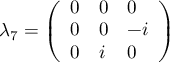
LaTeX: \lambda _ { 7 } = { \left( \begin{array} { l l l } { 0 } & { 0 } & { 0 } \\ { 0 } & { 0 } & { - i } \\ { 0 } & { i } & { 0 } \end{array} \right) }